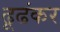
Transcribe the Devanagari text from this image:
ढूढंकर